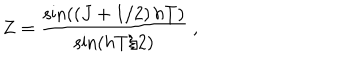
Z = { \frac { \sin \left( \left( J + 1 / 2 \right) h T \right) } { \sin \left( h T / 2 \right) } } \ ,